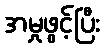
အမှုဖွင့်ပြီး